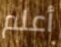
أعلم